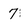
Character: 7